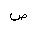
Letter: _sad